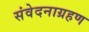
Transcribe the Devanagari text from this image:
संवेदनाग्रहण